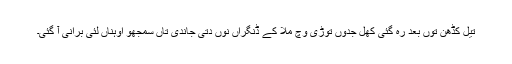
تیل کڈھن توں بعد رہ گئی کھل جدوں توڑی وچ ملا کے ڈنگراں نوں دتی جاندی تاں سمجھو اوہناں لئی بُرانی آ گئی۔